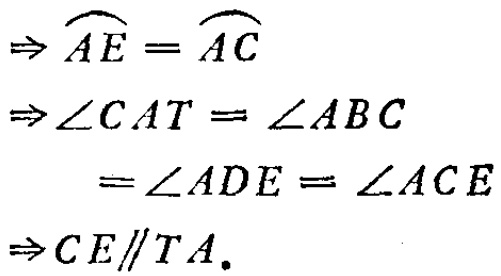
\[
\begin{align*}
&\Rightarrow \overset{\frown}{AE}=\overset{\frown}{AC}\\
&\Rightarrow \angle CAT = \angle ABC\\
&\quad\quad=\angle ADE=\angle ACE\\
&\Rightarrow CE\parallel TA.
\end{align*}
\]